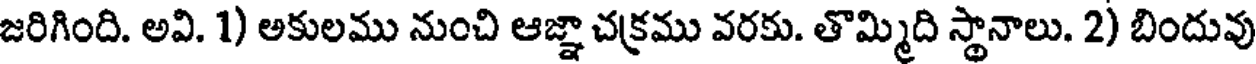
జరిగింది. అవి. 1) అకులము నుంచి ఆజ్ఞా చక్రము వరకు. తొమ్మిది స్థానాలు. 2) బిందువు